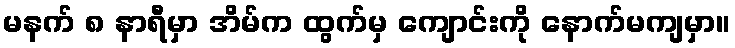
မနက် ၈ နာရီမှာ အိမ်က ထွက်မှ ကျောင်းကို နောက်မကျမှာ။